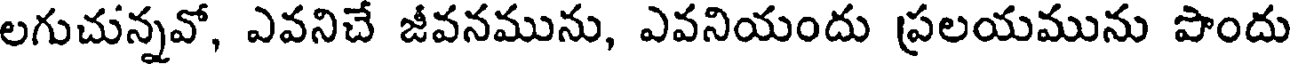
లగుచున్నవో, ఎవనిచే జీవనమును, ఎవనియందు ప్రలయమును పొందు